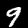
Label: 9